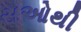
સઓથી